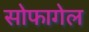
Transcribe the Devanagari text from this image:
सोफागेल